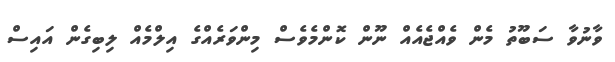
ވާނުވާ ސަބޫތު މެން ވެއްޖެއެއް ނޫން ކޮންމެވެސް މިންވަރެއްގެ އިލްމެއް ލިބިގެން އައިސް